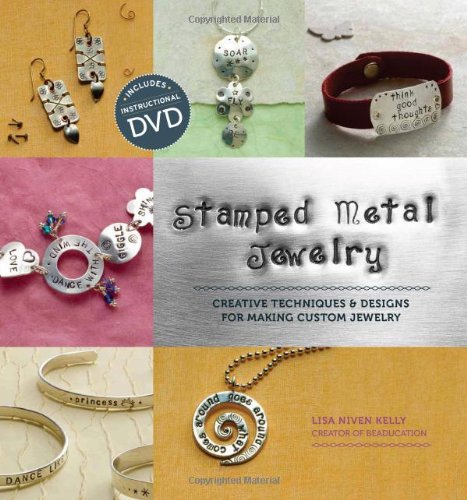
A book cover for Stamped Metal Jewelry: Creative Techniques and Designs for Making Custom Jewelry; Lisa Kelly; Crafts, Hobbies & Home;